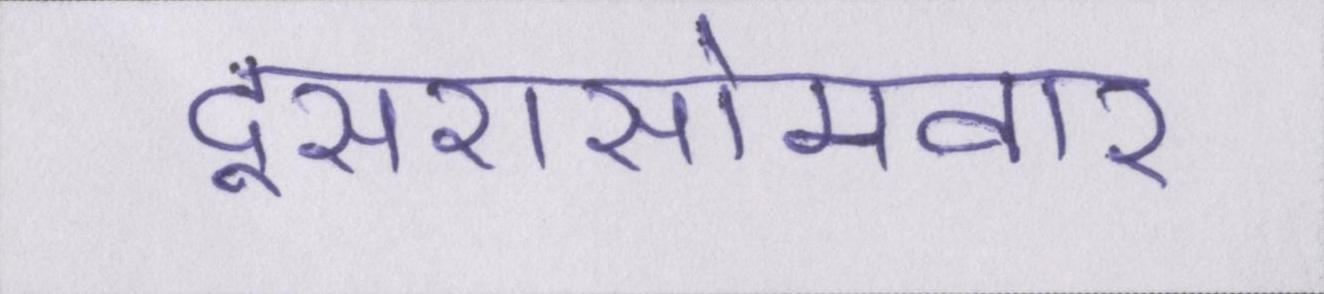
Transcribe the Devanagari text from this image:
दूसरासोमवार